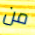
من